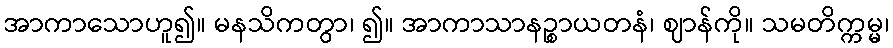
အာကာသောဟူ၍။ မနသိကတွာ၊ ၍။ အာကာသာနဉ္စာယတနံ၊ ဈာန်ကို။ သမတိက္ကမ္မ၊